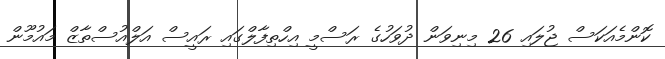
ކޮންމެއަކަސް ޖުލައި 26 މިނިވަން ދުވަހުގެ ރަސްމީ އިހްތިފާލްގައި ރައީސް އަލްއުސްތާޒް މައުމޫން